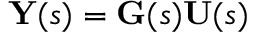
\mathbf { Y } ( s ) = \mathbf { G } ( s ) \mathbf { U } ( s )